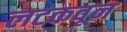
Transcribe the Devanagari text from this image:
लटकवून